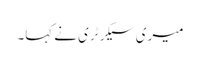
میری سیکرٹری نے کہا۔